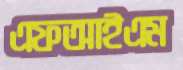
এফআইএম